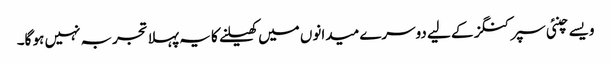
ویسے چنئی سپرکنگز کے لیے دوسرے میدانوں میں کھیلنے کا یہ پہلا تجربہ نہیں ہو گا۔